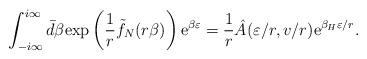
LaTeX: \begin{align*}\int_{-i\infty}^{i\infty}\bar d\beta \hbox{exp}\left({1\over r}\tilde f_N(r\beta)\right)\hbox{e}^{\beta \varepsilon}={1\over r}\hat A(\varepsilon/r,v/r)\hbox{e}^{{\beta_H \varepsilon}/r}.\end{align*}